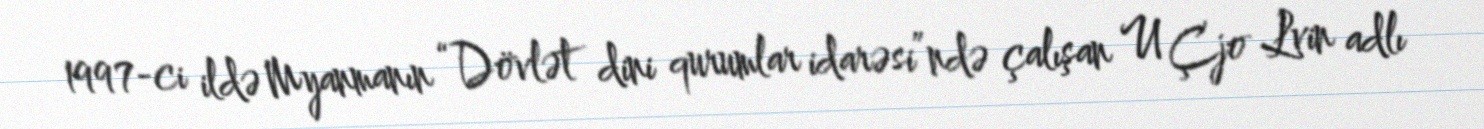
1997-ci ildə Myanmanın “Dövlət dini qurumlar idarəsi”ndə çalışan U Çjo Lvin adlı